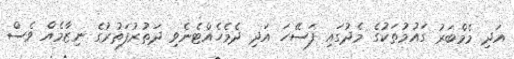
އަދި މެމްބަރު ގައުމުތަކުގެ މެދުގައި ފަސޭހަ އަދި ދެމެހެއްޓެނެވި ދަތުރުފަތުރުގެ ނިޒާމެއް ވެސް